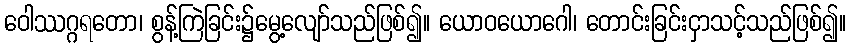
ဝေါဿဂ္ဂရတော၊ စွန့်ကြဲခြင်း၌မွေ့လျော်သည်ဖြစ်၍။ ယောဝယောဂေါ၊ တောင်းခြင်းငှာသင့်သည်ဖြစ်၍။